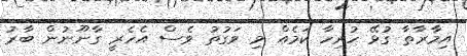
އިމާރާާތާ ގުޅޭ ހުރިހާ ކަމެއް މި ވަގުތު ވެސް އެހެރީ ގާނޫނުން ބާރު